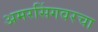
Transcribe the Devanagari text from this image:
अमरसिंगवरचा